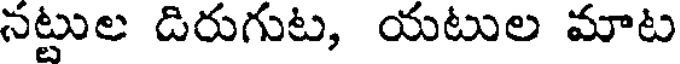
నట్టుల డిరుగుట, యటుల మాట